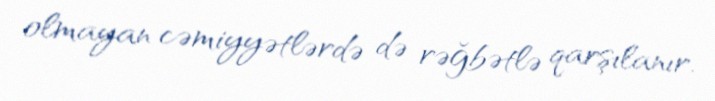
olmayan cəmiyyətlərdə də rəğbətlə qarşılanır.